Rangoon Lunatic Asylum 1878-1892 - 1878-1892
Year: 1878
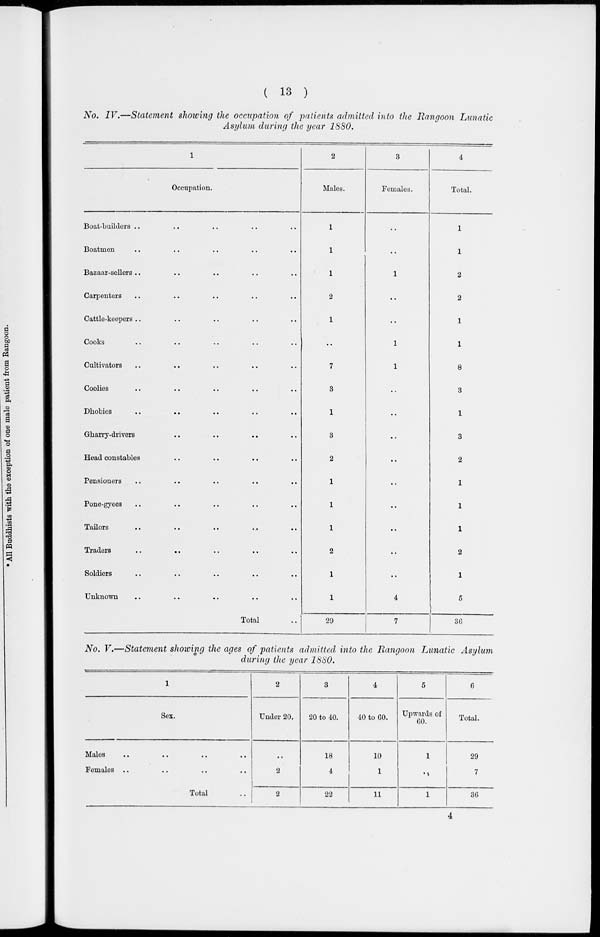
( 13 )
No. IV.—Statement showing the occupation of patients admitted into the Rangoon Lunatic
Asylum during the year 1880.
1
Occupation.
Boat-builders .. .. .. .. ..
Boatmen .. .. .. .. ..
Bazaar-sellers .. .. .. .. ..
Carpenters .. .. .. .. ..
Cattle-keepers .. .. .. .. ..
Cooks .. .. .. .. ..
Cultivators .. .. .. .. ..
Coolies .. .. .. .. ..
Dhobies .. .. .. .. ..
Gharry-drivers
..
..
.. ..
Head constables .. .. .. ..
Pensioners .. .. .. .. ..
Pone-gyees .. .. .. .. ..
Tailors .. .. .. .. ..
Traders
.. .. .. .. ..
Soldiers .. .. .. .. ..
Unknown .. .. .. .. ..
Total ..
2
Males.
1
1
1
2
1
..
7
3
1
3
2
1
1
1
2
1
1
29
3
Females.
..
..
1
..
..
1
1
..
..
..
..
..
..
..
..
..
4
7
4
Total.
1
1
2
2
1
1
8
3
1
3
2
1
1
1
2
1
5
36
No. V.—Statement showing the ages of patients admitted into the Rangoon Lunatic Asylum
during the year 1880.
1
Sex.
Males .. .. .. ..
Females .. .. .. ..
Total ..
2
Under 20.
..
2
2
3
20 to 40.
18
4
22
4
40 to 60.
10
1
11
5
Upwards of
60.
1
..
1
6
Total.
29
7
36
4